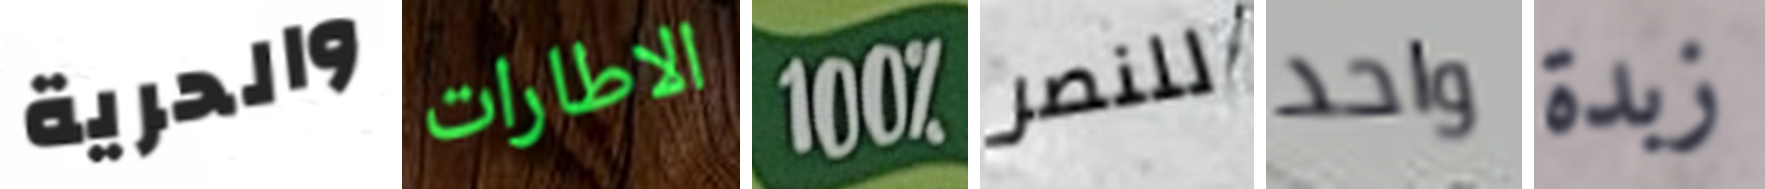
والحرية الاطارات 100% للنصر واحد زبدة